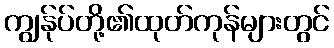
ကျွန်ုပ်တို့၏ထုတ်ကုန်များတွင်